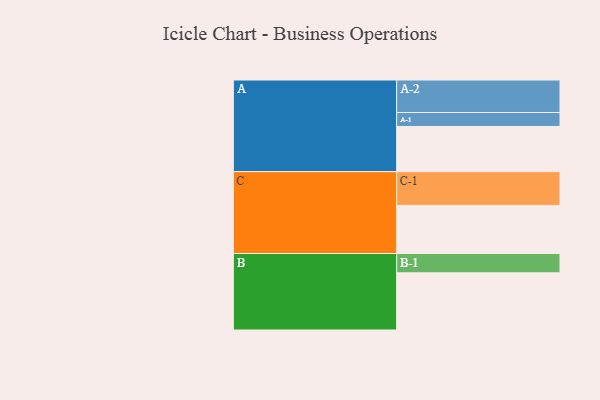
{"axis": {"x": "Segment", "y": "Value"}, "legend": ["", "A", "B", "C"], "data": [{"x": "A", "y": 388, "type": ""}, {"x": "B", "y": 491, "type": ""}, {"x": "C", "y": 413, "type": ""}, {"x": "A-1", "y": 120, "type": "A"}, {"x": "A-2", "y": 279, "type": "A"}, {"x": "B-1", "y": 166, "type": "B"}, {"x": "C-1", "y": 290, "type": "C"}]}